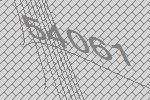
54061